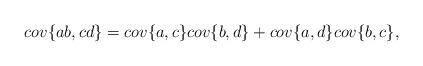
LaTeX: \begin{align*}cov\{ab, cd\} = cov\{a,c\}cov\{b,d\} + cov\{a,d\}cov\{b,c\},\end{align*}